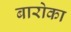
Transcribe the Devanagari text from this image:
बारोका